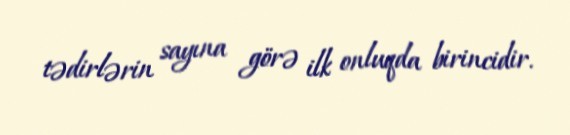
tədirlərin sayına görə ilk onluqda birincidir.